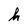
Character: h